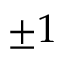
\pm 1